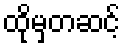
ထိုမှတဆင့်